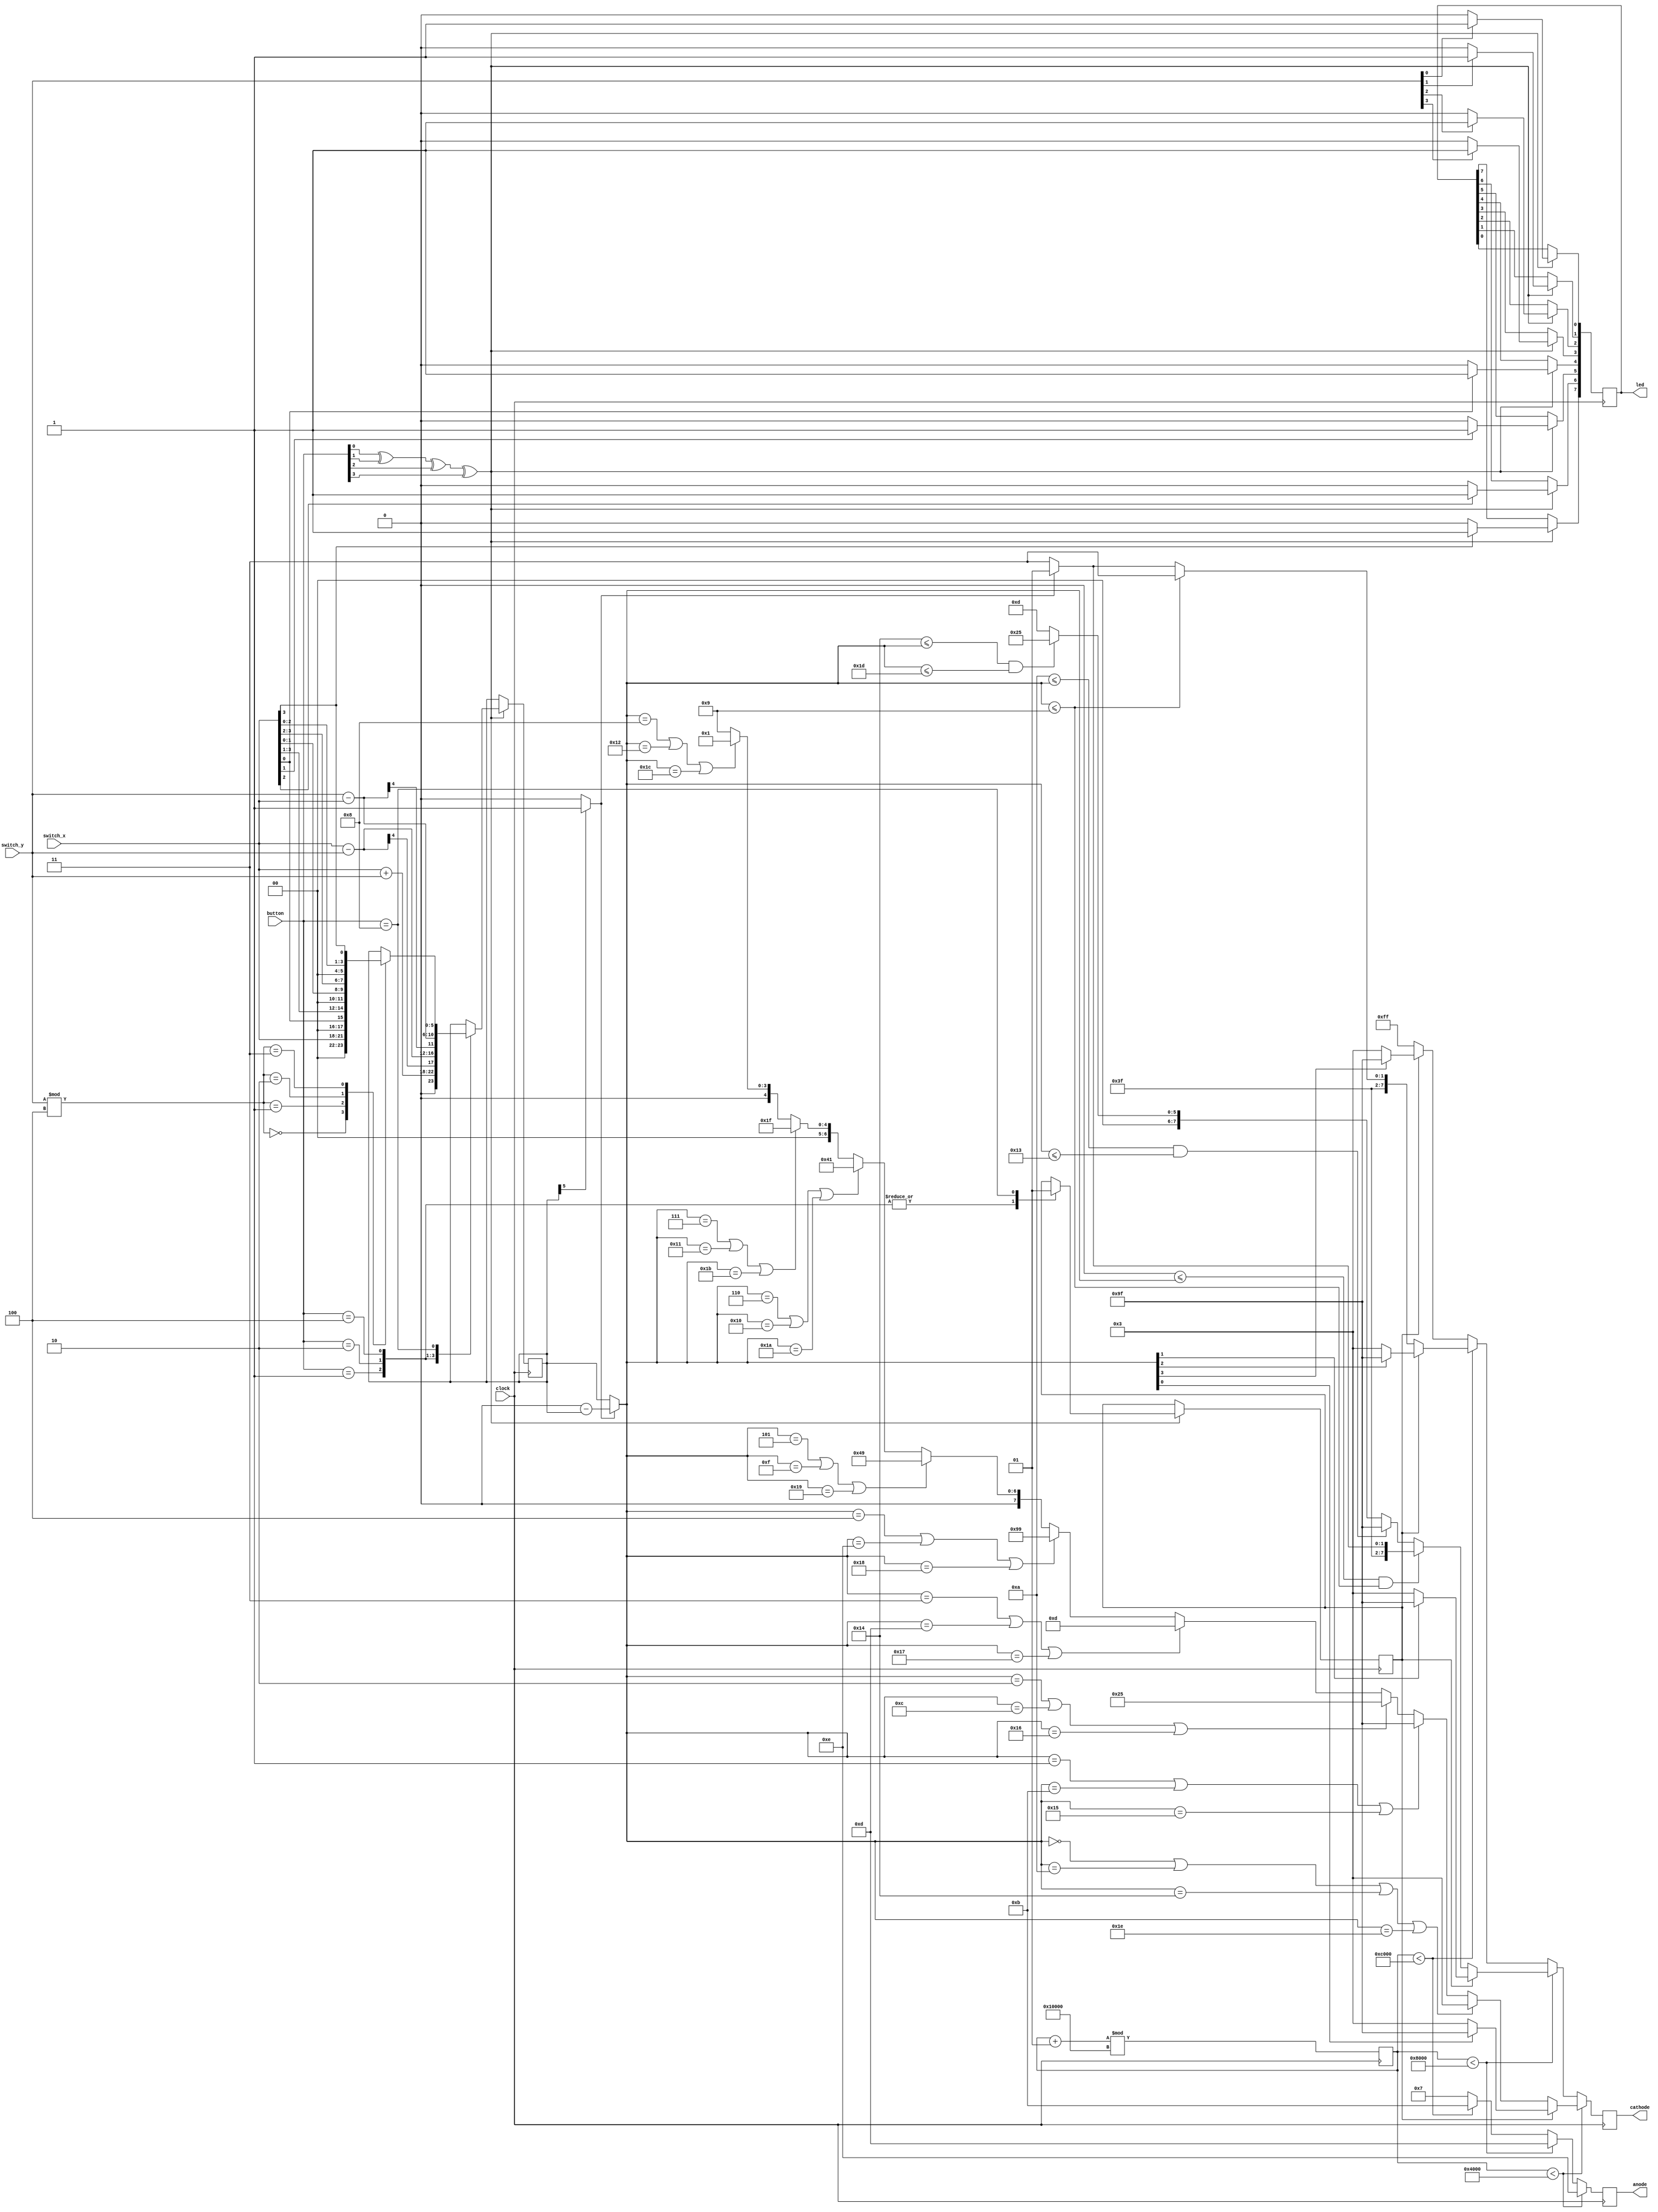
module calculator(clock, button, switch_x, switch_y, led, cathode, anode);
    input clock;
    input [3:0] button, switch_x, switch_y;
    output [7:0] led, cathode;
    output [3:0] anode;
    reg [7:0] led, cathode;
    reg [3:0] anode;
    reg [5:0] result;
    reg mode;
    integer count;
    
    always @(posedge clock) begin
        if(button[0] ^ button[1] ^ button[2] ^ button[3]) begin
            led[0] <= switch_y[0] == 1 ? 1 : 0;
            led[1] <= switch_y[1] == 1 ? 1 : 0;
            led[2] <= switch_y[2] == 1 ? 1 : 0;
            led[3] <= switch_y[3] == 1 ? 1 : 0;
            led[4] <= switch_x[0] == 1 ? 1 : 0;
            led[5] <= switch_x[1] == 1 ? 1 : 0;
            led[6] <= switch_x[2] == 1 ? 1 : 0;
            led[7] <= switch_x[3] == 1 ? 1 : 0;
            
            case(button)
                4'b0001: 
                    begin
                        mode <= 0;
                        result <= switch_x + switch_y;
                    end
                4'b0010:
                    begin
                        mode <= 0;
                        result <= switch_x - switch_y;
                    end
                4'b0100: 
                    begin
                        mode <= 0;
                        result <= switch_y - switch_x;
                    end
                4'b1000:
                    begin
                        mode <= 1;
                        case(switch_y % 4)
                            0: result <= {0, 0, switch_x};
                            1: result <= {0, 0, switch_x[0], switch_x[3], switch_x[2], switch_x[1]};
                            2: result <= {0, 0, switch_x[1], switch_x[0], switch_x[3], switch_x[2]};
                            3: result <= {0, 0, switch_x[2], switch_x[1], switch_x[0], switch_x[3]};
                        endcase
                    end
            endcase
        end
        
        
        if(count < 16384) begin
            anode <= 4'b1110;
            cathode <= display(mode, 0, result);
        end else if(count < 32768) begin
            anode <= 4'b1101;
            cathode <= display(mode, 1, result);
        end else if(count < 49152) begin
            anode <= 4'b1011;
            cathode <= display(mode, 2, result);
        end else begin
            anode <= 4'b0111;
            cathode <= display(mode, 3, result);
        end
        count = (count + 1) % 65536;
    end
    
    function [7:0] display(input mode, input [1:0] digit, input [5:0] result);
        reg [5:0] new_result;
        reg negative;
        
        begin
            negative = result[5] == 0 ? 0 : 1;
            new_result = negative == 0 ? result : 0 - result;
         
            case(digit)
                0:
                    if(mode == 1) begin
                        display = new_result[0] == 0 ? 8'b00000011 : 8'b10011111;
                    end else if((new_result == 0) || (new_result == 10) || (new_result == 20) || (new_result == 30)) begin
                        display = 8'b00000011;
                    end else if((new_result == 1) || (new_result == 11) || (new_result == 21)) begin
                        display = 8'b10011111;
                    end else if((new_result == 2) || (new_result == 12) || (new_result == 22)) begin
                        display = 8'b00100101;
                    end else if((new_result == 3) || (new_result == 13) || (new_result == 23)) begin
                        display = 8'b00001101;
                    end else if((new_result == 4) || (new_result == 14) || (new_result == 24)) begin
                        display = 8'b10011001;
                    end else if((new_result == 5) || (new_result == 15) || (new_result == 25)) begin
                        display = 8'b01001001;
                    end else if((new_result == 6) || (new_result == 16) || (new_result == 26)) begin
                        display = 8'b01000001;
                    end else if((new_result == 7) || (new_result == 17) || (new_result == 27)) begin
                        display = 8'b00011111;
                    end else if((new_result == 8) || (new_result == 18) || (new_result == 28)) begin
                        display = 8'b00000001;
                    end else begin
                        display = 8'b00001001;
                    end
                1:
                    if(mode == 1) begin
                        display = new_result[1] == 0 ? 8'b00000011 : 8'b10011111;
                    end else if((0 <= new_result) && (new_result <= 9)) begin
                        display = negative == 0 ? 8'b11111111 : 8'b11111101;
                    end else if((10 <= new_result) && (new_result <= 19)) begin
                        display = 8'b10011111;
                    end else if((20 <= new_result) && (new_result <= 29)) begin
                        display = 8'b00100101;
                    end else begin
                        display = 8'b00001101;
                    end
                2:
                    if(mode == 1) begin
                        display = new_result[2] == 0 ? 8'b00000011 : 8'b10011111;
                    end else if(new_result <= 9) begin
                        display = 8'b11111111; 
                    end else begin
                        display = negative == 0 ? 8'b11111111 : 8'b11111101;
                    end
                3:
                    if(mode == 1) begin
                        display = new_result[3] == 0 ? 8'b00000011 : 8'b10011111;
                    end else begin
                        display = 8'b11111111;
                    end
            endcase 
        end
    endfunction
endmodule